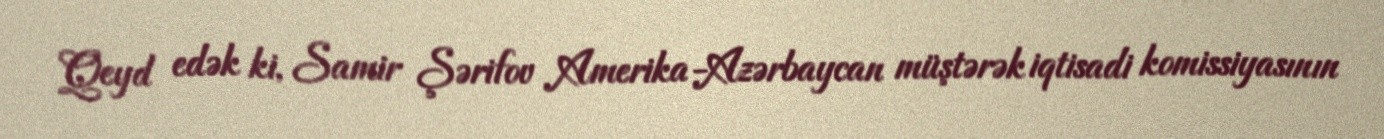
Qeyd edək ki, Samir Şərifov Amerika-Azərbaycan müştərək iqtisadi komissiyasının